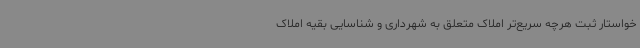
خواستار ثبت هرچه سریع‌تر املاک متعلق به شهرداری و شناسایی بقیه املاک